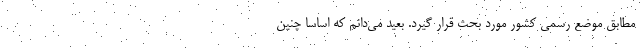
مطابق موضع رسمی کشور مورد بحث قرار گیرد. بعید می‌دانم که اساساً چنین